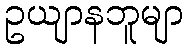
ဥယျာနဘူမျာ